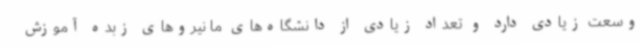
وسعت زیادی دارد و تعداد زیادی از دانشگاه‌های ما نیروهای زبده آموزش